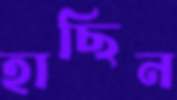
হাছিন